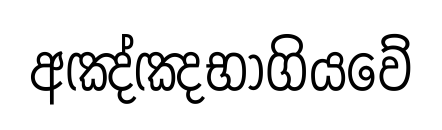
අඤ්ඤභාගියවේ